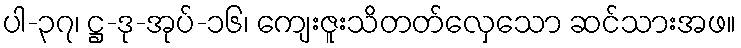
ပါ-၃၇၊ ဋ္ဌ-ဒု-အုပ်-၁၆၊ ကျေးဇူးသိတတ်လှေသော ဆင်သားအဖ။